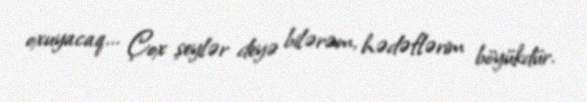
oxuyacaq... Çox şeylər deyə bilərəm, hədəflərim böyükdür.